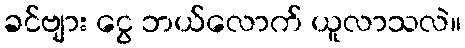
ခင်ဗျား ငွေ ဘယ်လောက် ယူလာသလဲ။